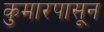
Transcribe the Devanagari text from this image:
कुमारपासून